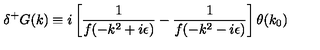
\delta ^ { + } G ( k ) \equiv i \left[ \frac { 1 } { f ( - k ^ { 2 } + i \epsilon ) } - \frac { 1 } { f ( - k ^ { 2 } - i \epsilon ) } \right] \theta ( k _ { 0 } )